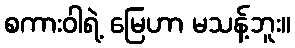
စကားဝါရဲ့ မြေဟာ မသန့်ဘူး။